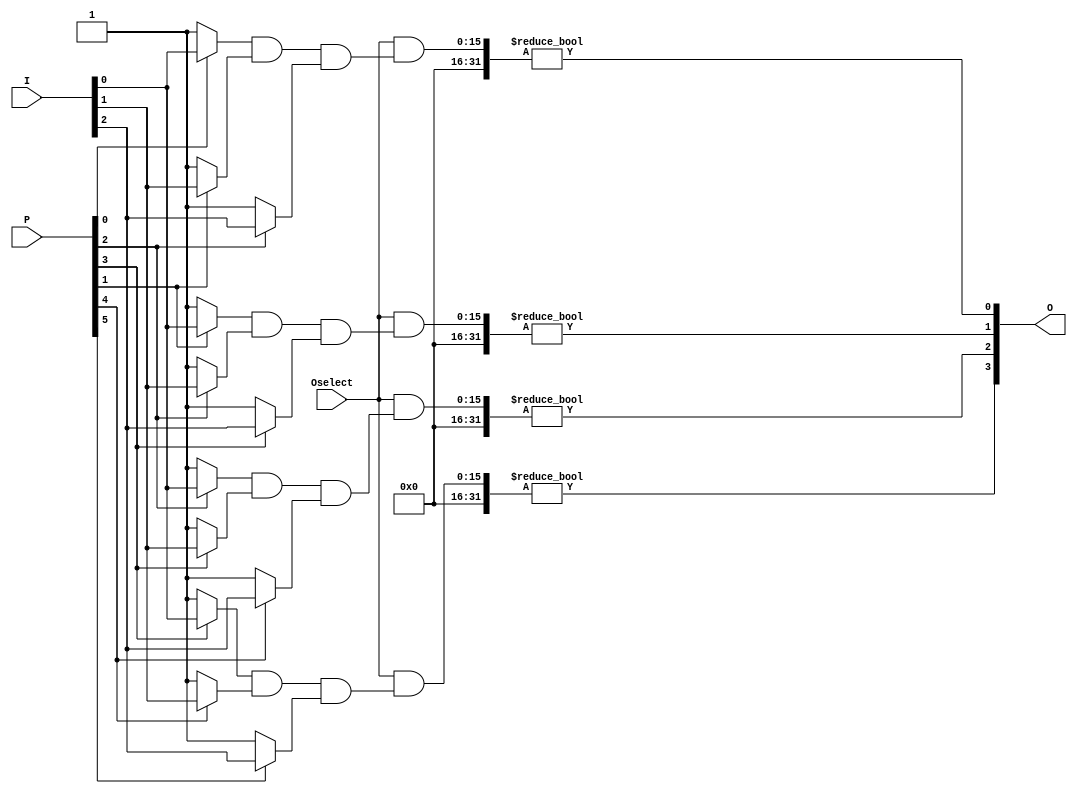
module GAL (
    input  wire [N-1:0] I,         // Input lines (N inputs)
    input  wire [M-1:0] P,         // Product terms selection (for AND)
    input  wire [M-1:0] Oselect,   // OR selection from product terms
    output wire [L-1:0] O      // Output lines (L outputs)
);
    parameter N = 8;             // Number of input lines
    parameter M = 16;            // Number of product terms (AND gates)
    parameter L = 4;             // Number of output lines

    // Intermediate signals for AND plane
    wire [M-1:0] AND_out;        // Output from AND gates

    // AND Plane: create programmable AND gates
    genvar i;
    generate
        for (i = 0; i < M; i = i + 1) begin : AND_gates
            // Example logic: each AND gate can be implemented based on the configuration
            assign AND_out[i] = (P[i] ? I[0] : 1'b1) & // Input 0
                                (P[i + 1] ? I[1] : 1'b1) & // Input 1
                                (P[i + 2] ? I[2] : 1'b1);  // Input 2
            // Add more inputs as necessary, based on your configuration
        end
    endgenerate

    // OR Plane: Combine AND outputs to form the final outputs
    genvar j;
    generate
        for (j = 0; j < L; j = j + 1) begin : OR_gates
            // Example logic to decide which AND gates contribute to which output
            assign O[j] = (Oselect & AND_out[j]) != 0; // ORing selected AND outputs
        end
    endgenerate

endmodule